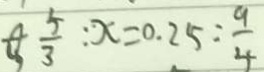
\varnothing , \frac { 5 } { 3 } : x = 0 . 2 5 : \frac { 9 } { 4 }